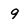
Character: 9